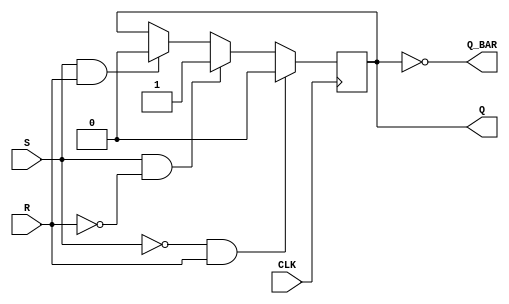
`timescale 1ns / 1ps
//////////////////////////////////////////////////////////////////////////////////
// Company: 
// Engineer: 
// 
// Design Name: 
// Module Name: SR_FF
// Project Name: 
// Target Devices: 
// Tool Versions: 
// Description: 
// 
// Dependencies: 
// 
// Revision:
// Revision 0.01 - File Created
// Additional Comments:
// 
//////////////////////////////////////////////////////////////////////////////////


module SR_FF(S,R,CLK,Q,Q_BAR);
input S,R,CLK;
output reg Q;
output wire Q_BAR;

assign Q_BAR=~Q;

always@(posedge CLK)
begin
if((!S&&R))
Q=0;
else if ((S&&!R))
Q=1;

else if ((S&&R))
Q=0;
end

endmodule